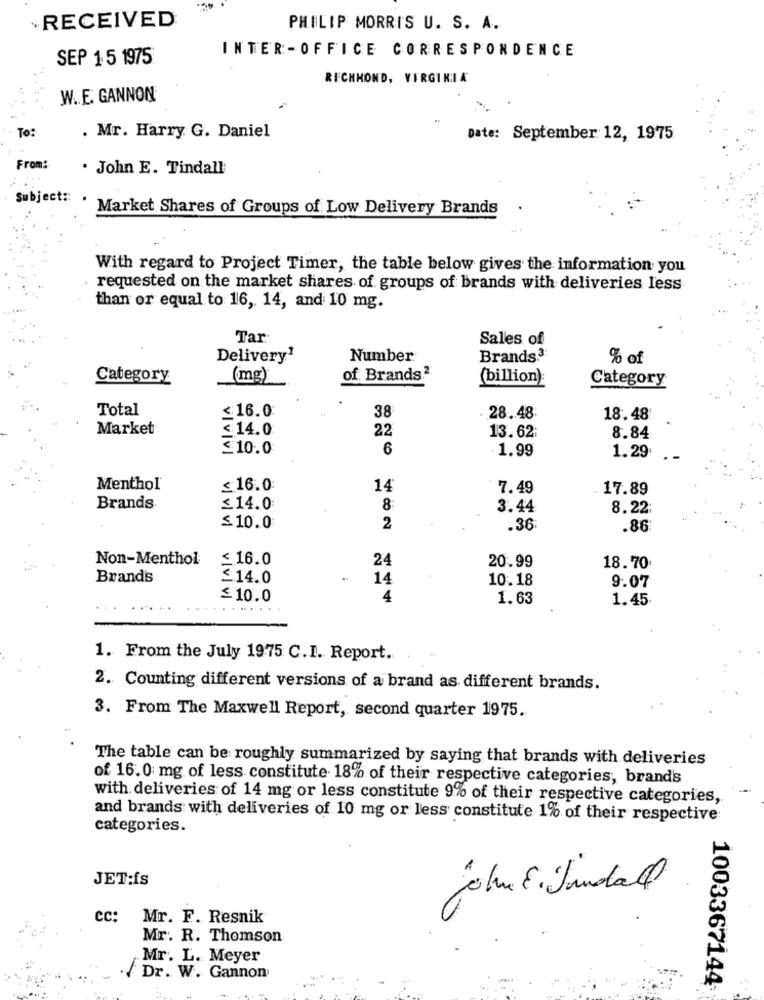
+RECEIVED
PHILIP MORRIS U. S. A.
INTER -OFFICE CORRESPONDENCE
SEP 15 1975
RICHMOND, VIRGINIA
W .. E. GANNON
To:
. Mr. Harry G. Daniel
Date: September 12, 1975
From:
. John E. Tindall
Subject ::
Market Shares of Groups of Low Delivery Brands
With regard to Project Timer, the table below gives the information you
requested on the market shares of groups of brands with deliveries less
than or equal to 16, 14, and 10 mg.
Tar
Sales of
Delivery1
Number
Brands.3
% of
Category
(mg)
of Brands.2
(billion)
Category
Total
<16.0
38
28.48
18.48
Market
<14.0
22
13.62
8.84
≤10.0
6
. 1.99
1.29
Menthol
≤ 16.0
14
7.49
17.89
Brands
≤14.0
8
3.44
8.22
≤10.0
2
.36
.86
Non-Menthol
≤16.0
24
20.99
18.70
Brand's
£14.0
14
10.18
9.07
≤10.0
4
1.63
1.45
1. From the July 1975 C.I. Report.
2. Counting different versions of a brand as different brands.
3. From The Maxwell Report, second quarter 1975.
The table can be roughly summarized by saying that brands with deliveries
of 16.0 mg of less constitute 18% of their respective categories, brand's
with deliveries of 14 mg or less constitute 9% of their respective categories,
and brands with deliveries of 10 mg or less constitute 1% of their respective:
categories.
JET:fs
cc:
Mr. F. Resnik
Mr. R. Thomson
Mr. L. Meyer
/ Dr. W. Gannon
1003367144